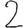
Digit: 2